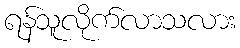
ရန်သူလိုက်လာသလား